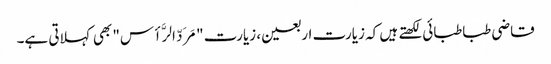
قاضی طباطبائی لکھتے ہیں کہ زیارت اربعین، زیارت "مَرَدّ الرَّأس" بھی کہلاتی ہے۔